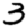
Digit: 3